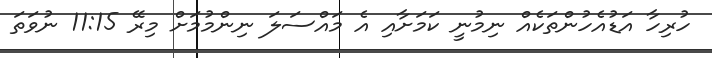
ހުރިހާ އަޑުއެހުންތަކެއް ނިމުނީ ކަމަށާއި އެ މައްސަލަ ނިންމުމަށް މިރޭ 11:15 ނުވަތަ